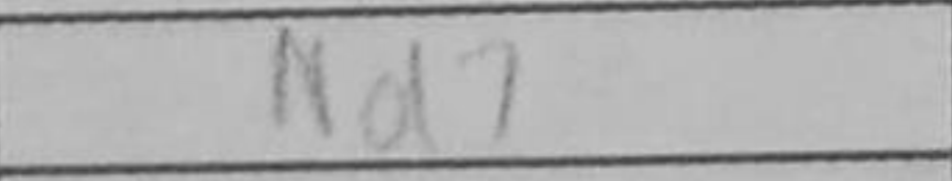
Transcription: Nd7